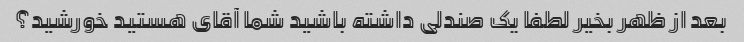
بعد از ظهر بخیر لطفا یک صندلی داشته باشید شما آقای هستید خورشید؟